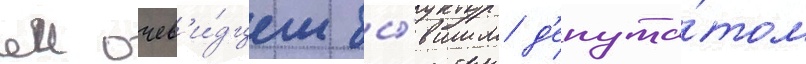
еи очев'и́дцем бы́вшим д'епута́том